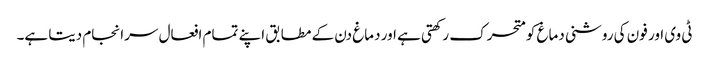
ٹی وی اور فون کی روشنی دماغ کو متحرک رکھتی ہے اور دماغ دن کے مطابق اپنے تمام افعال سرانجام دیتا ہے۔